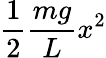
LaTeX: {\frac{1}{2}}{\frac{mg}{L}}x^{2}